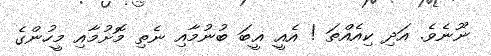
ނޫނެވެ. އަދި ކިއެއްތަ ! އެއީ ޣީބަ ބުނުމާއި ނެތި މޮށުމާއި މީހުންގެ